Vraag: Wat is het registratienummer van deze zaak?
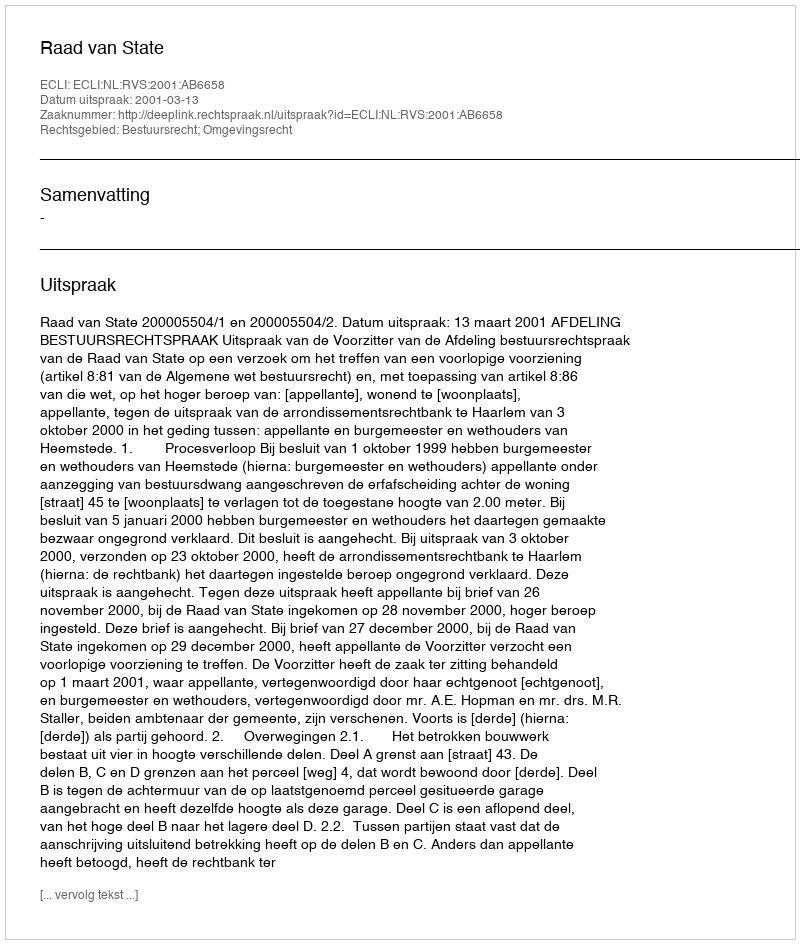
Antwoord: http://deeplink.rechtspraak.nl/uitspraak?id=ECLI:NL:RVS:2001:AB6658